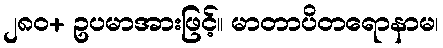
၂၈၀+ ဥပမာအားဖြင့်။ မာတာပိတရောနာမ၊